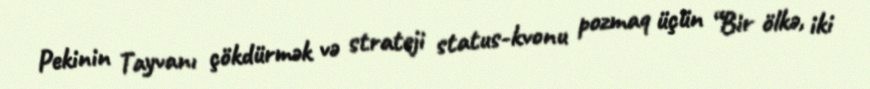
Pekinin Tayvanı çökdürmək və strateji status-kvonu pozmaq üçün “Bir ölkə, iki